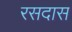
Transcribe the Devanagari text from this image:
रसदास